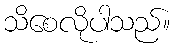
သိစေလိုပါသည်။